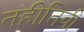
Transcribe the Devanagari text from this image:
तहीतिवी